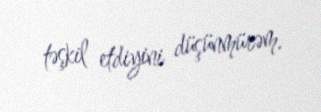
təşkil etdiyini düşünmürəm.